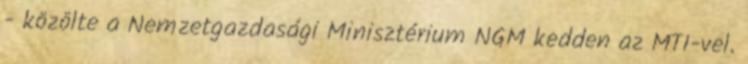
- közölte a Nemzetgazdasági Minisztérium NGM kedden az MTI-vel.